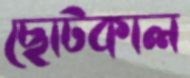
ছোটকাল